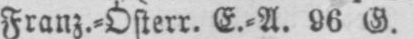
Franz.⸗Österr. E.⸗A. 86 G.